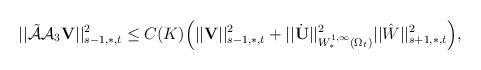
LaTeX: \begin{align*}||\tilde{\mathcal{A}}\mathcal{A}_3{\mathbf V}||^2_{s-1,\ast,t}\leq C(K)\Big( ||{\mathbf V}||^2_{s-1,\ast,t}+||\dot{{\mathbf U}}||^2_{W^{1,\infty}_{\ast}(\Omega_t)}||\hat{W}||^2_{s+1,\ast,t}\Big),\end{align*}